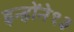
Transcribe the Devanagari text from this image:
इन्होंने१३